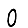
Digit: 0